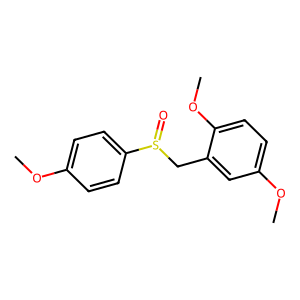
SMILES: COc1ccc(S(=O)Cc2cc(OC)ccc2OC)cc1
Inhibits HIV replication: No